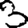
Digit: 3